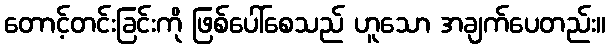
တောင့်တင်းခြင်းကို ဖြစ်ပေါ်စေသည် ဟူသော အချက်ပေတည်း။